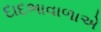
દાદભાવાળાએ